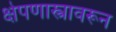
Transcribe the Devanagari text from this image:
क्षेपणास्त्रावरून